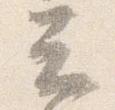
云